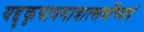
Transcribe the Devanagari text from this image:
यद्दृकृपात्रमात्रात्सर्वोप्ययं